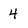
Character: 4